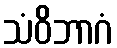
သံဝိဘာဂံ